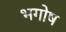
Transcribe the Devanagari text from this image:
भगोष